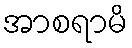
အာစရာမိ